Annual report of the Punjab Veterinary College and of the Civil Veterinary Department, Punjab - 1926-1932
Year: 1926
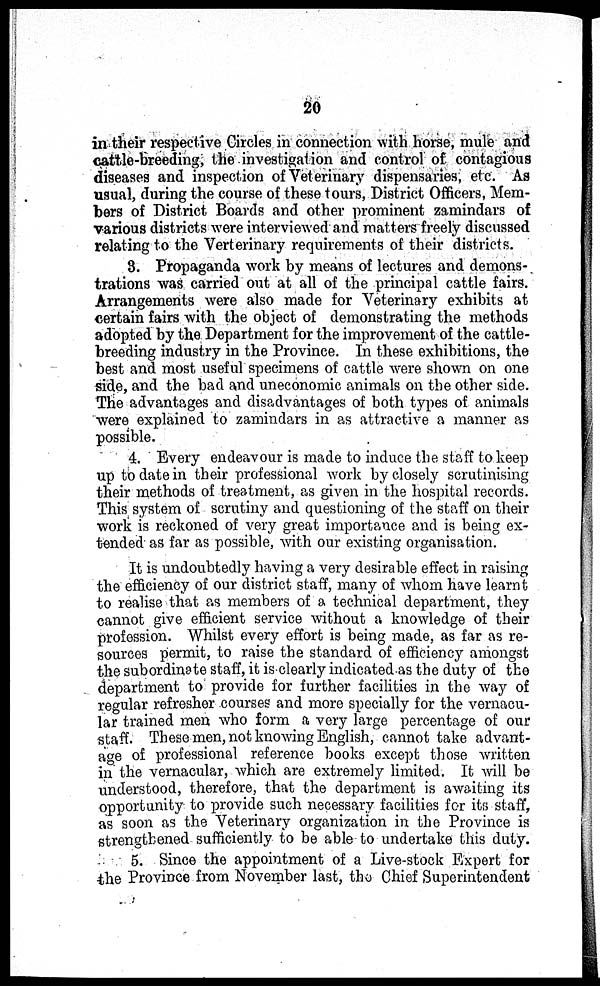
20
in their respective Circles in connection with horse, mule and
cattle-breeding, the investigation and control of contagious
diseases and inspection of Veterinary dispensaries, etc. As
usual, during the course of these tours, District Officers, Mem-
bers of District Boards and other prominent zamindars of
various districts were interviewed and matters freely discussed
relating to the Verterinary requirements of their districts.
3. Propaganda work by means of lectures and demons-
trations was carried out at all of the principal cattle fairs.
Arrangements were also made for Veterinary exhibits at
certain fairs with the object of demonstrating the methods
adopted by the Department for the improvement of the cattle-
breeding industry in the Province. In these exhibitions, the
best and most useful specimens of cattle were shown on one
side, and the bad and uneconomic animals on the other side.
The advantages and disadvantages of both types of animals
were explained to zamindars in as attractive a manner as
possible.
4. Every endeavour is made to induce the staff to keep
up to date in their professional work by closely scrutinising
their methods of treatment, as given in the hospital records.
This system of scrutiny and questioning of the staff on their
work is reckoned of very great importance and is being ex-
tended as far as possible, with our existing organisation.
It is undoubtedly having a very desirable effect in raising
the efficiency of our district staff, many of whom have learnt
to realise that as members of a technical department, they
cannot give efficient service without a knowledge of their
profession. Whilst every effort is being made, as far as re-
sources permit, to raise the standard of efficiency amongst
the subordinate staff, it is clearly indicated as the duty of the
department to provide for further facilities in the way of
regular refresher courses and more specially for the vernacu-
lar trained men who form a very large percentage of our
staff. These men, not knowing English, cannot take advant-
age of professional reference books except those written
in the vernacular, which are extremely limited. It will be
understood, therefore, that the department is awaiting its
opportunity to provide such necessary facilities for its staff,
as soon as the Veterinary organization in the Province is
strengthened sufficiently to be able to undertake this duty.
5. Since the appointment of a Live-stock Expert for
the Province from November last, the Chief Superintendent